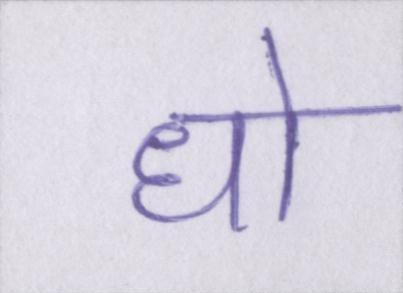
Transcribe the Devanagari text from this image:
धो